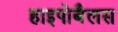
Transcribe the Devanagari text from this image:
हाइपोबैलस